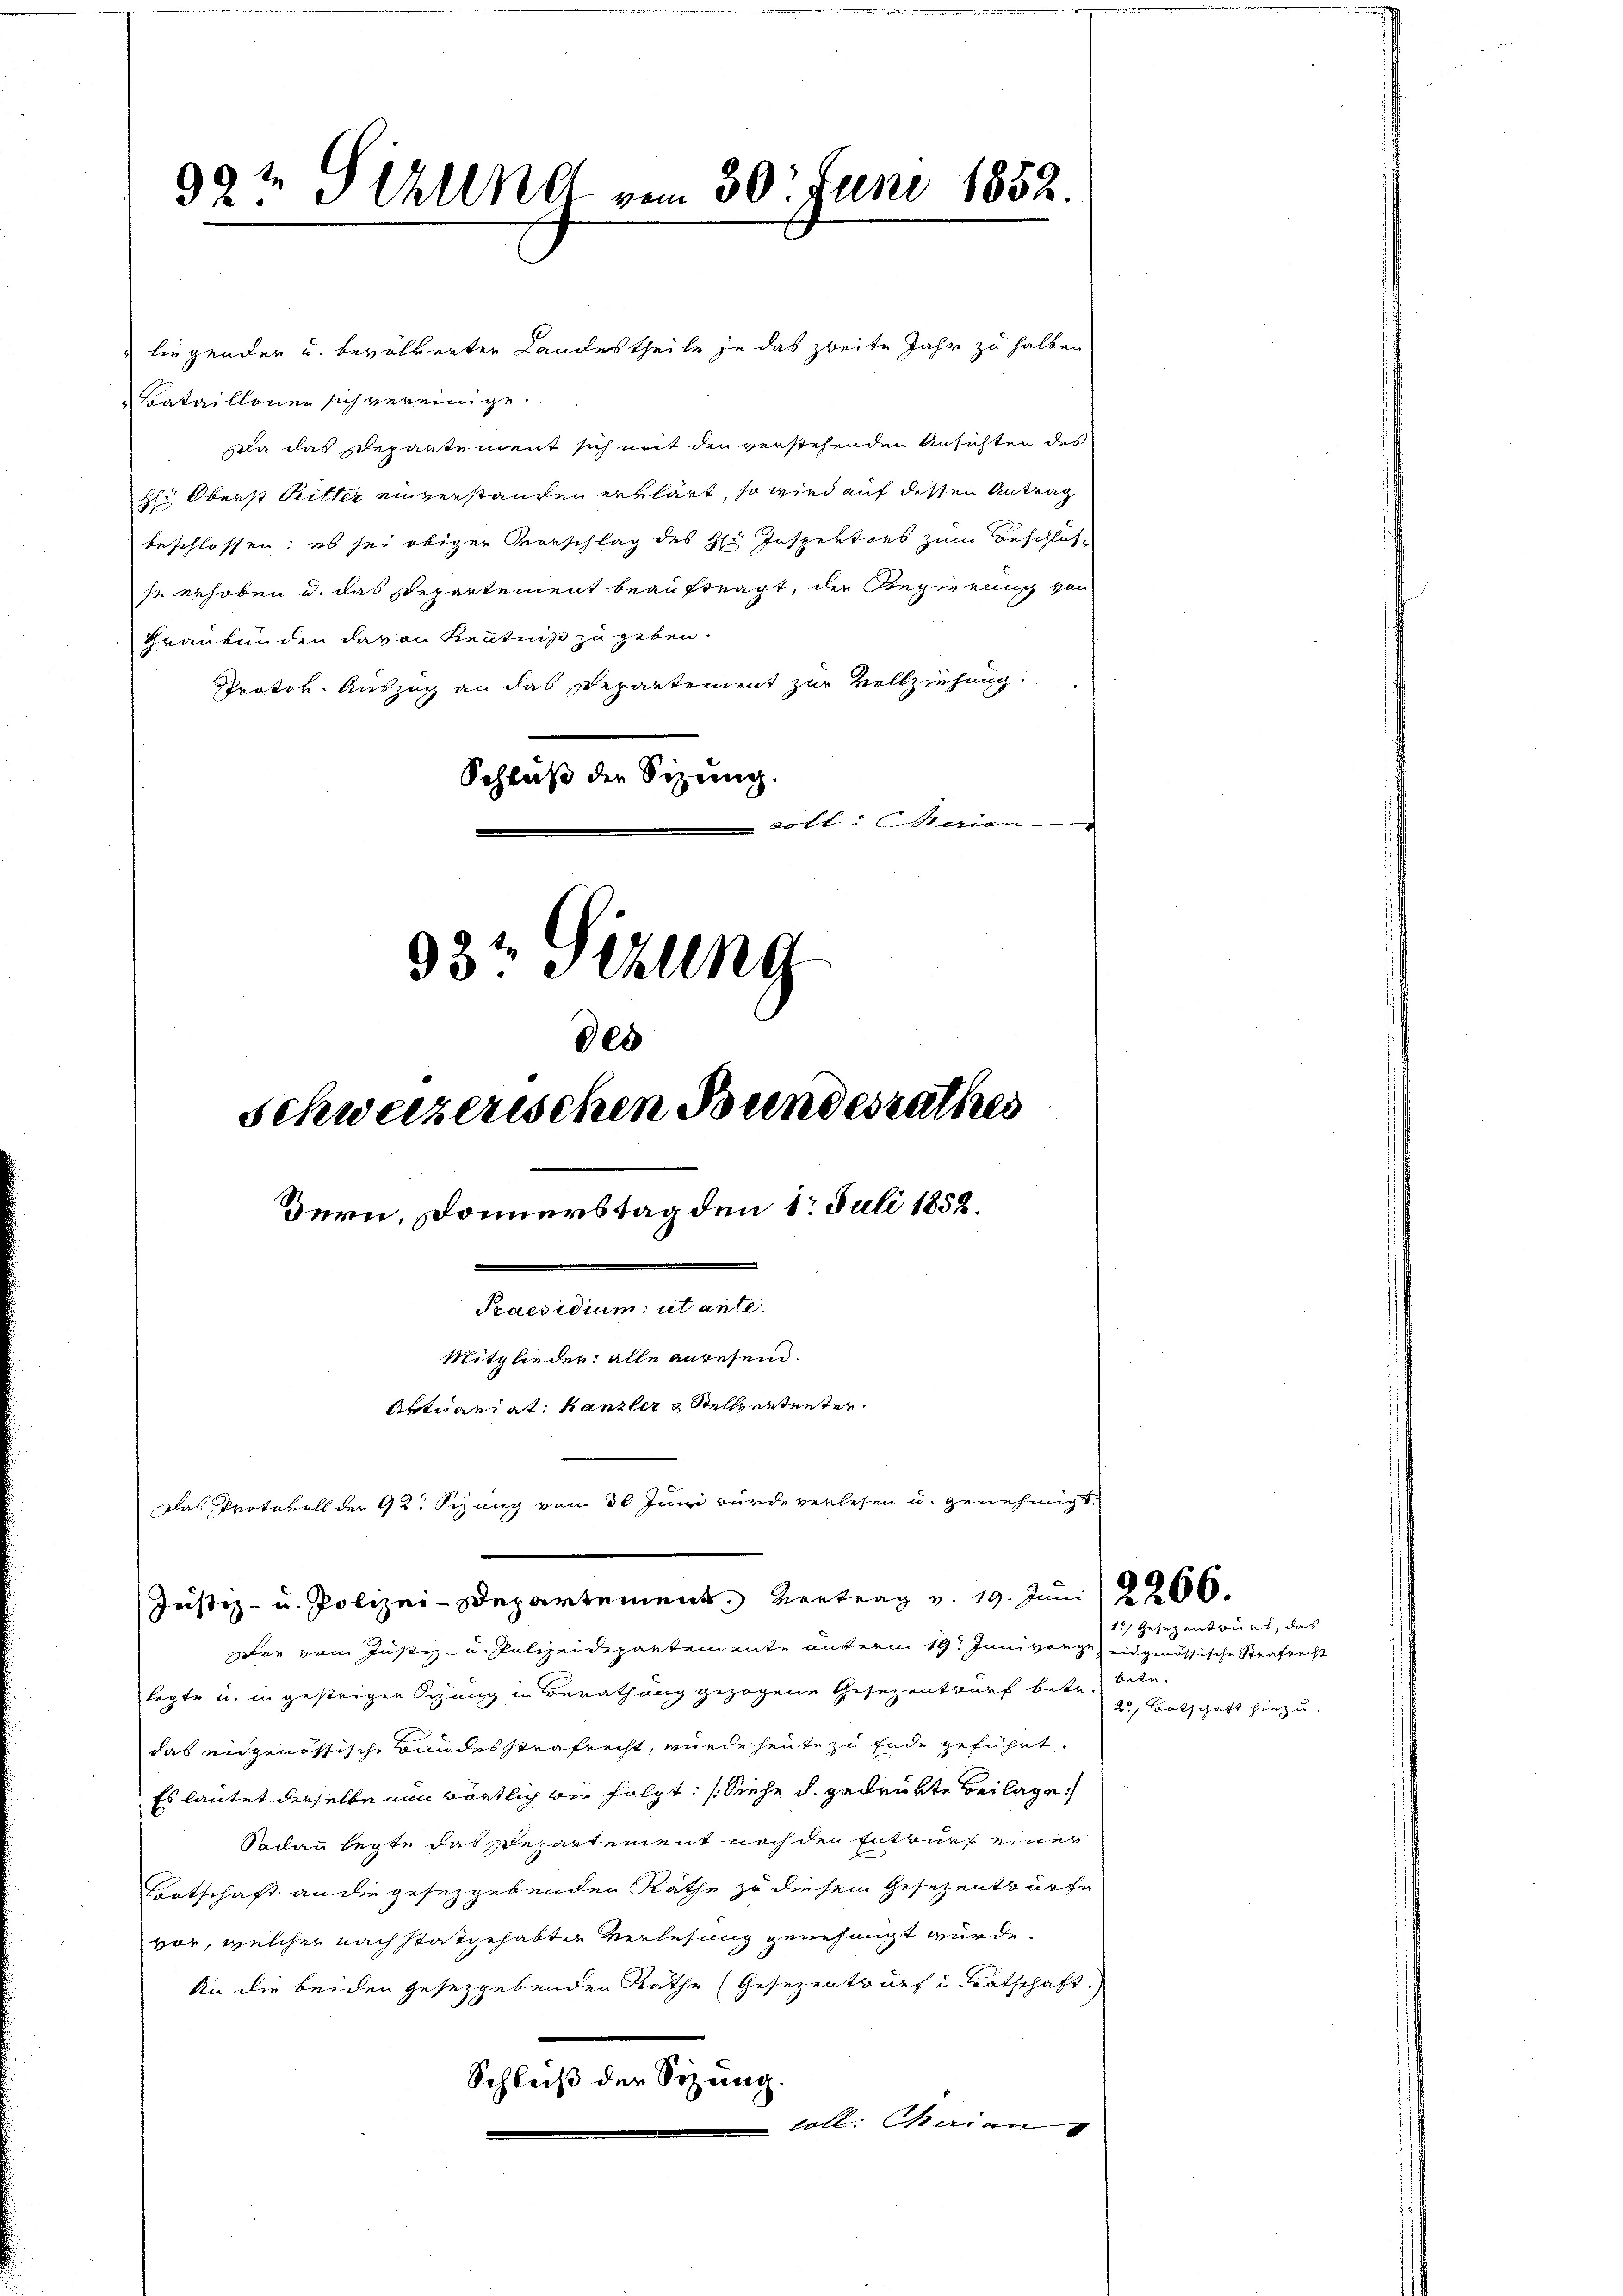
92t Sizung vom 30. Juni 1852.

des
schweizerischen Bundesrathes
Dern, Donnerstag den 1. Juli 1858.
2
Praesidium ut ante.
Mitglieder: alle anwesend.
Aktuariat Kanzler & Stellvertreter
Das Protokoll der 92. Sizung vom 30 Juni wurde verlesen u. genehmigt.

Justiz- u. Polizei-Departement. Vortrag v. 19. Juni 2206.

liegender u. bevölkerter Landestheile je das zweite Jahr zu halben
Bataillonen sich vereinige.
da das Departement sich mit den verstehenden Ansichten des
H: Oberst Ritter einverstanden erklärt, so wird auf dessen Antrag
beschlossen; es sei obiger Vorschlag des H: Inspekters zum Beschlusse gehoben u. das Departement beauftragt, der Regierung von
Graubünden davon Kenntniß zu geben.
Protok. Auszug an das Departement zur Vollziehung:
Schluß der Sitzung.
soll: Marian
33t Sizung

er vom Justiz- u. Polizeidepartemente unterm 19. Juni vorge und genössische Strafrecht
legte u. in gestrigen Sitzung in Berathung gezogene Gesezentwurf betr. betr.
das eidgenössische Bundesstrafrecht, wurde heute zu Ende geführt.
Es lautet derselbe nun wörtlich die folgt. (Siehe d. gedrükte Beilage
Sodann legte das Departement nach den Entwurf einer
Totschaft an die gesetzgebenden Räthe zu diesem Gesezentwürfe
vor, welcher nach stattgehabten Verlesung genehmigt würde,
An die beiden gesetzgebenden Rathe (Gesezentwurf u. tatschaft.)
Schleiß der Sizung.
loll. Maien

1.) Gesezentrirt, das
2, Botschaft hiezu.